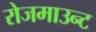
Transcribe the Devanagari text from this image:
रोजमाउन्ट